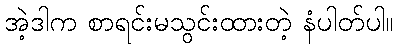
အဲ့ဒါက စာရင်းမသွင်းထားတဲ့ နံပါတ်ပါ။